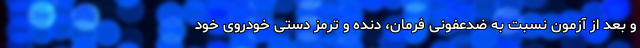
و بعد از آزمون نسبت به ضدعفونی فرمان، دنده و ترمز دستی خودروی خود